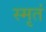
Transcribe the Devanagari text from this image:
स्मृतं